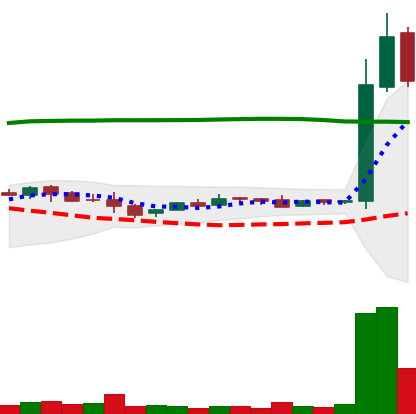
Ticker: LTC-USD
Chart end date: 2015-10-31
Forward return: 4.135%
Label: up_3_5